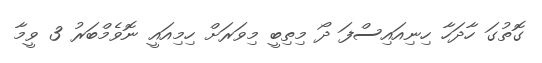
ގޮތުގަ ހާދަހާ ހިނިއައިސްފަ ދޯ މިތިބީ މިވަރަށް ހިމިއައީ ނޮވެމްބަރު 3 ވީމާ